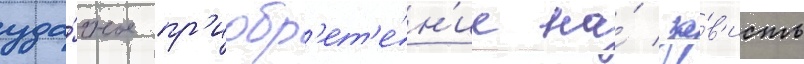
уда́чное пр'иобр'ет'е́н'ие на́ за́в'исть